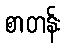
စာတန်း